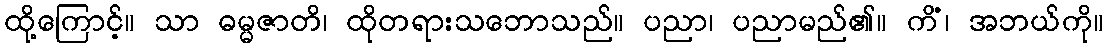
ထို့ကြောင့်။ သာ ဓမ္မဇာတိ၊ ထိုတရားသဘောသည်။ ပညာ၊ ပညာမည်၏။ ကိံ၊ အဘယ်ကို။